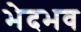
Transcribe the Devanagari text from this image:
भेदभव